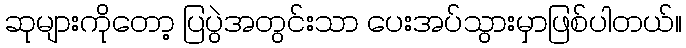
ဆုများကိုတော့ ပြပွဲအတွင်းသာ ပေးအပ်သွားမှာဖြစ်ပါတယ်။